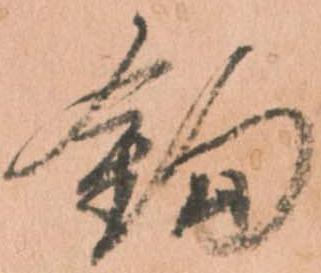
鈎